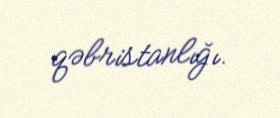
qəbristanlığı.